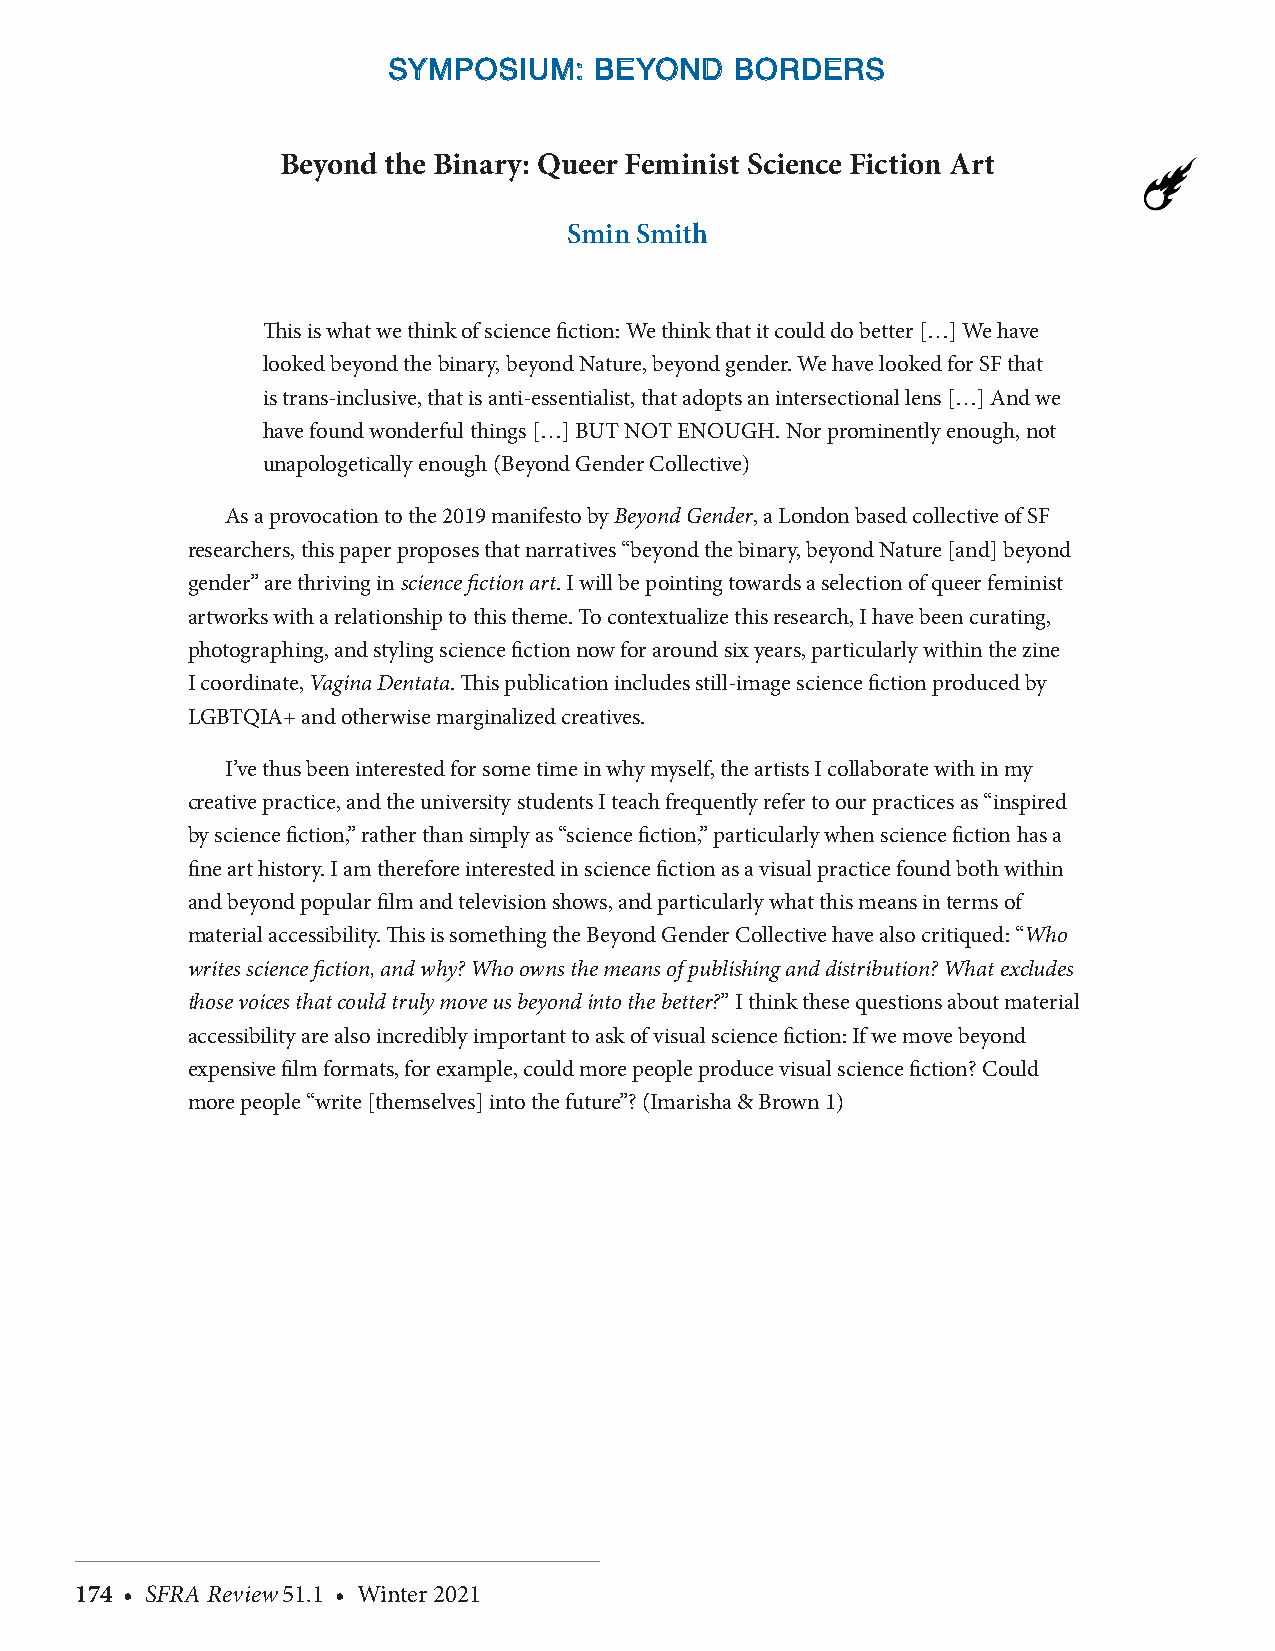
SSYYMMPPOOSSIIUUMM:: BBEEYYOONNDD BBOORRDDEERRSS
 Beyond the Binary: Queer Feminist Science Fiction Art
 Smin Smith
 This is what we think of science fiction: We think that it could do better […] We have
 looked beyond the binary, beyond Nature, beyond gender. We have looked for SF that
 is trans-inclusive, that is anti-essentialist, that adopts an intersectional lens […] And we
 have found wonderful things […] BUT NOT ENOUGH. Nor prominently enough, not
 unapologetically enough (Beyond Gender Collective)
 As a provocation to the 2019 manifesto by Beyond Gender, a London based collective of SF
 researchers, this paper proposes that narratives “beyond the binary, beyond Nature [and] beyond
 gender” are thriving in science fiction art. I will be pointing towards a selection of queer feminist
 artworks with a relationship to this theme. To contextualize this research, I have been curating,
 photographing, and styling science fiction now for around six years, particularly within the zine
 I coordinate, Vagina Dentata. This publication includes still-image science fiction produced by
 LGBTQIA+ and otherwise marginalized creatives.
 I’ve thus been interested for some time in why myself, the artists I collaborate with in my
 creative practice, and the university students I teach frequently refer to our practices as “inspired
 by science fiction,” rather than simply as “science fiction,” particularly when science fiction has a
 fine art history. I am therefore interested in science fiction as a visual practice found both within
 and beyond popular film and television shows, and particularly what this means in terms of
 material accessibility. This is something the Beyond Gender Collective have also critiqued: “Who
 writes science fiction, and why? Who owns the means of publishing and distribution? What excludes
 those voices that could truly move us beyond into the better?” I think these questions about material
 accessibility are also incredibly important to ask of visual science fiction: If we move beyond
 expensive film formats, for example, could more people produce visual science fiction? Could
 more people “write [themselves] into the future”? (Imarisha & Brown 1)
 174 • SFRA Review 51.1 • Winter 2021                                                                                                SFRA Review 51.1 • Winter 2021 • 175